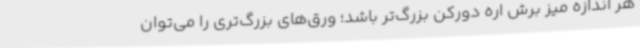
هر اندازه میز برش اره دورکن بزرگ‌تر باشد؛ ورق‌های بزرگ‌تری را می‌توان